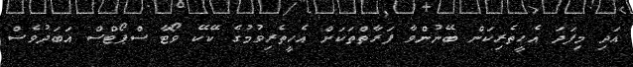
އަދި މިފަދަ އެހީތެރިކަން ބޭނުންވާ ފަރާތްތަކަށް އެހީތެރިވުމުގެ ކޭކޭ ވޯޓާ ސްޕޯޓްސް އަބަދުވެސް